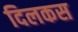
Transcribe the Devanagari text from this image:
दिलकस